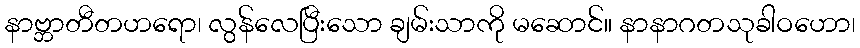
နာဗ္ဘာတီတဟရော၊ လွန်လေပြီးသော ချမ်းသာကို မဆောင်။ နာနာဂတသုခါဝဟော၊